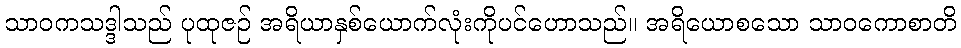
သာဝကသဒ္ဒါသည် ပုထုဇဉ် အရိယာနှစ်ယောက်လုံးကိုပင်ဟောသည်။ အရိယောစသော သာဝကောစာတိ